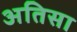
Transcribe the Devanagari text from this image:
अतिसा